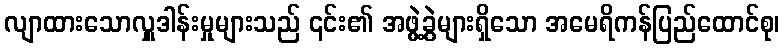
လျာထားသောလှူဒါန်းမှုများသည် ၎င်း၏ အဖွဲ့ခွဲများရှိသော အမေရိကန်ပြည်ထောင်စု၊